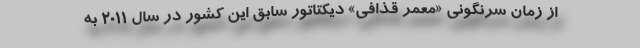
از زمان سرنگونی «معمر قذافی» دیکتاتور سابق این کشور در سال ۲۰۱۱ به